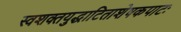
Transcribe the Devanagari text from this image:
स्वशक्तयुद्धाटिताशेषकपाटः